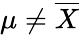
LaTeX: \mu\neq{\overline{{X}}}